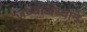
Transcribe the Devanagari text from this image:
जथ्याजथ्याने